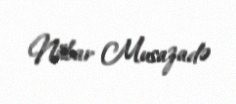
Nübar Musazadə